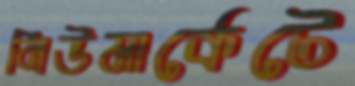
নিউমার্কেটে